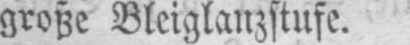
große Bleiglanzstufe.